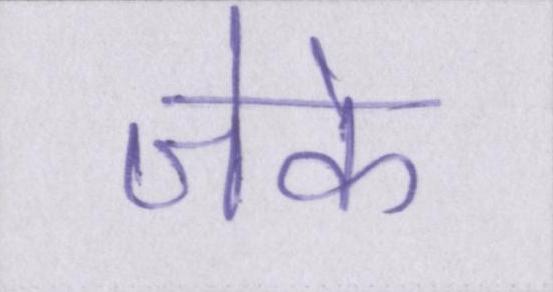
जेके